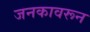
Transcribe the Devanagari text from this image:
जनकावरून